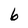
Character: 6